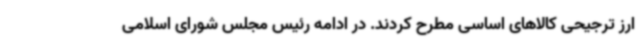
ارز ترجیحی کالاهای اساسی مطرح کردند. در ادامه رئیس مجلس شورای اسلامی